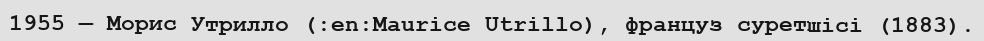
1955 — Морис Утрилло (:en:Maurice Utrillo), француз суретшісі (1883).